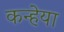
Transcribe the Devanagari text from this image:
कन्हेया